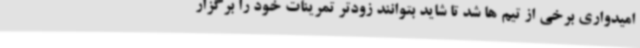
امیدواری برخی از تیم ها شد تا شاید بتوانند زودتر تمرینات خود را برگزار